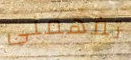
تفهمنى